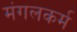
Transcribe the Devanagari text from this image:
मंगलकर्म